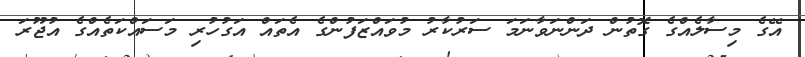
އޭގެ މިސާލެއްގެ ގޮތުން ދަންނަވާނަމަ ސަރުކާރު މުވައްޒަފުންގެ އެތައް އަގުހުރި މަސައްކަތެއްގެ އުޖޫރަ